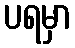
ပရမှာ